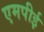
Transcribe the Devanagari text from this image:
एमपीई